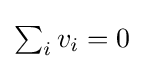
{\textstyle \sum _{i}v_{i}=0}